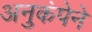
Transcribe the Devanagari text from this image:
अनुकंपेने